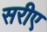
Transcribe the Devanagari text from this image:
सरीए